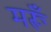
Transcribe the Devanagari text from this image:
मरूँ